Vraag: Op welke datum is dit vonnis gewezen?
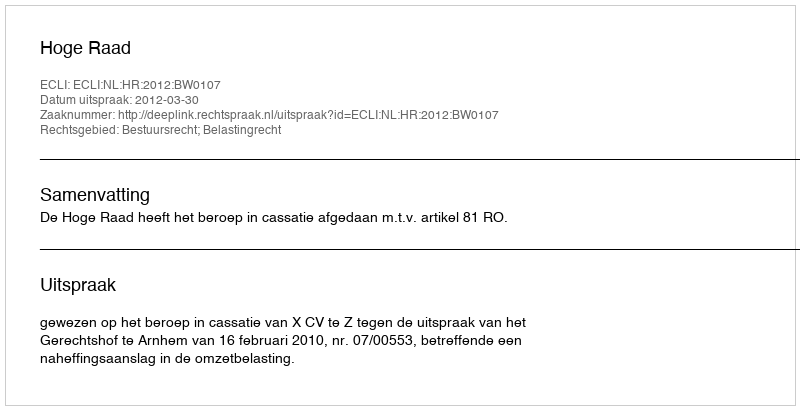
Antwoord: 2012-03-30